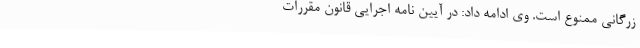
زرگانی ممنوع است. وی ادامه داد: در آیین‌ نامه اجرایی قانون مقررات